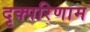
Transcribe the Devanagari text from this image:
दृक्परिणाम